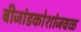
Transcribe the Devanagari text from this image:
बीजांडकोशांजवळ